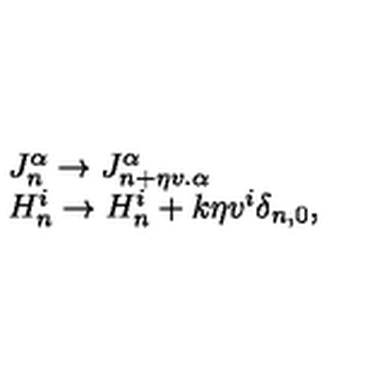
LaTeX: \begin{array} { l c r } { J _ { n } ^ { \alpha } \to J _ { n + \eta v . { \alpha } } ^ { \alpha } } \\ { H _ { n } ^ { i } \to H _ { n } ^ { i } + k \eta v ^ { i } \delta _ { n , 0 } , } \\ \end{array}